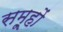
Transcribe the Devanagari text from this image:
समू्हों